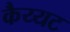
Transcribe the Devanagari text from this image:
कैय्यट